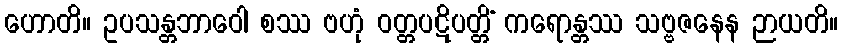
ဟောတိ။ ဥပသန္တဘာဝေါ စဿ ဗဟုံ ဝတ္တပဋိပတ္တိံ ကရောန္တဿ သဗ္ဗဇနေန ဉာယတိ။